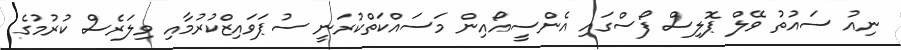
ނިއު ސައުތު ވޭލް ޕޮލިސް ފޯސްގައި އެންސީއޯއިން މަސައްކަތްކުރަނީ ސުޕަވައިޒްކުރުމާއި ވިލަރެސް ކުރުމުގެ